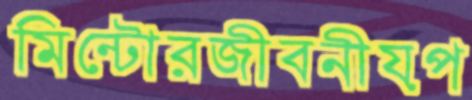
মিন্টোরজীবনীয়প